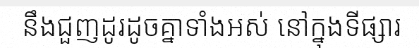
នឹងជួញដូរដូចគ្នាទាំងអស់ នៅក្នុងទីផ្សារ